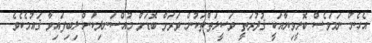
އެހެން ނަމަވެސް ބޮލީވިޔާއަކީ ޤުދުރަތީ ވަސީލަތްތަކުން ވަރަށް ބޮޑަށް މުއްސަނދިކަން ލިބިފައިވާ ޤައުމެކެވެ.